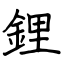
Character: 鋰